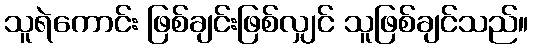
သူရဲကောင်း ဖြစ်ချင်းဖြစ်လျှင် သူဖြစ်ချင်သည်။